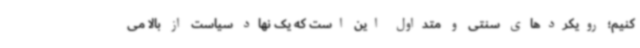
کنیم؛ رویکردهای سنتی و متداول این است که یک نهاد سیاست از بالا می